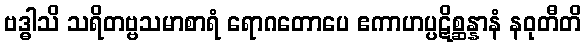
ဗဒ္ဓါသိ သရိတဗ္ဗသမာစာရံ ရောဂတောပေ ဧကာဟပ္ပဋိစ္ဆန္နာနံ နဝုတီတိ